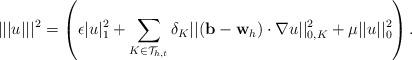
LaTeX: \begin{align*} |||u|||^{2} = \left(\epsilon| u|^{2}_{1} + \sum_{K \in \mathcal{T}_{h,t}} \delta_{K} ||(\mathbf{b-w}_h) \cdot \nabla u||^{2}_{0,K} + \mu||u||_{0}^{2}\right).\end{align*}